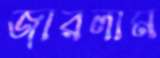
জারলাম